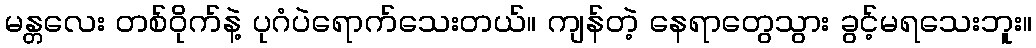
မန္တလေး တစ်ဝိုက်နဲ့ ပုဂံပဲရောက်သေးတယ်။ ကျန်တဲ့ နေရာတွေသွား ခွင့်မရသေးဘူး။